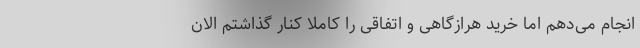
انجام می‌دهم اما خرید هرازگاهی و اتفاقی را کاملاً کنار گذاشتم الان